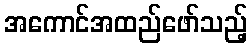
အကောင်အထည်ဖော်သည့်